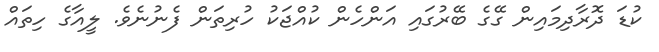
ކުޑަ ދޮރާދިމައިން ގޭގެ ބޭރުގައި އަންހެން ކުއްޖަކު ހުރިތަން ފެނުނެވެ. ލީއާގެ ހިތައް